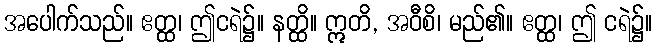
အပေါက်သည်။ ဧတ္ထ၊ ဤငရဲ၌။ နတ္ထိ။ ဣတိ, အဝီစိ၊ မည်၏။ ဧတ္ထ၊ ဤ ငရဲ၌။